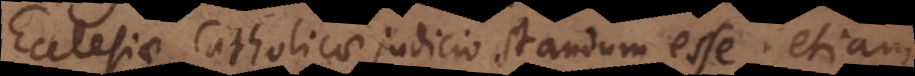
Ecclesiae Catholicae judicio standum esse; etiam